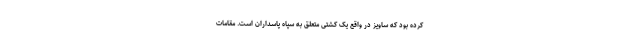
کرده بود که ساویز در واقع یک کشتی متعلق به سپاه پاسداران است. مقامات